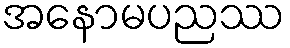
အနောမပညဿ